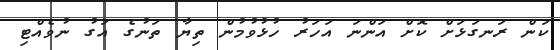
ކަން ރަނގަޅަށް ކޮށް އަންނަ އަހަރު ހުޅުވުމުން ތިޔާ ތަނުގެ އަގު ނުވެއްޓި